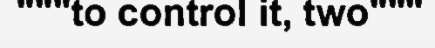
"""to control it, two"""